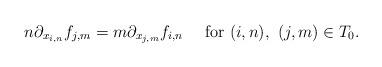
LaTeX: \begin{align*} n\partial_{x_{i,n}}f_{j,m}=m\partial_{x_{j,m}}f_{i,n}\ \ \ \mbox{ for } (i,n),\ (j,m)\in T_0.\end{align*}